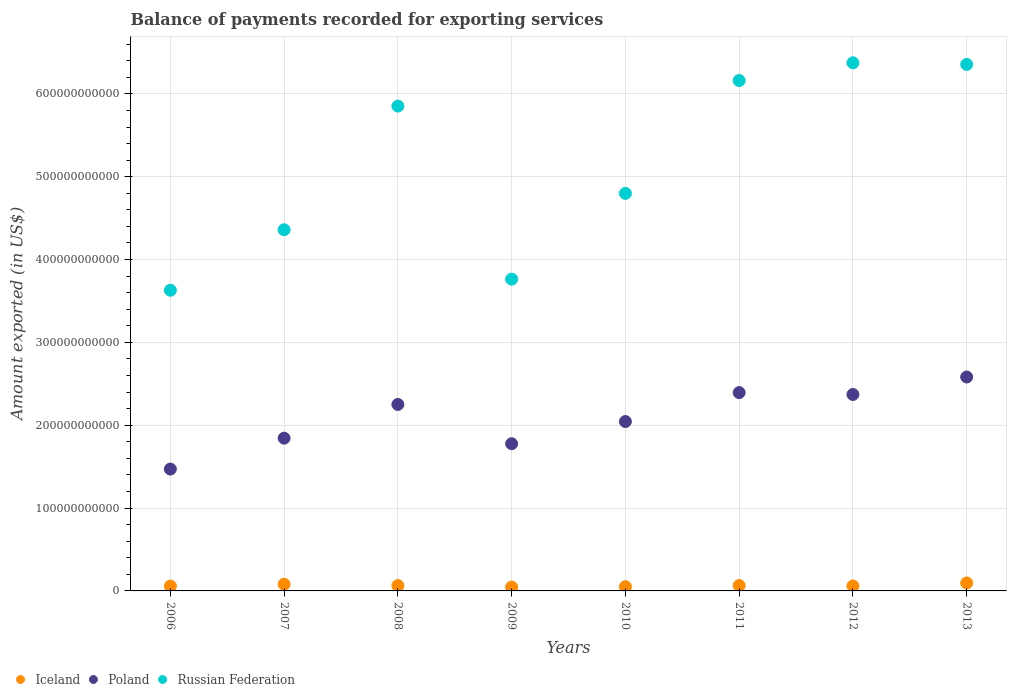
| Years | Iceland | Poland | Russian Federation |
 | --- | --- | --- | --- |
 | 2006 | 5.86e+09 | 1.47e+11 | 3.63e+11 |
 | 2007 | 8.03e+09 | 1.84e+11 | 4.36e+11 |
 | 2008 | 6.43e+09 | 2.25e+11 | 5.85e+11 |
 | 2009 | 4.67e+09 | 1.78e+11 | 3.76e+11 |
 | 2010 | 5.08e+09 | 2.04e+11 | 4.8e+11 |
 | 2011 | 6.49e+09 | 2.39e+11 | 6.16e+11 |
 | 2012 | 6e+09 | 2.37e+11 | 6.38e+11 |
 | 2013 | 9.62e+09 | 2.58e+11 | 6.36e+11 |